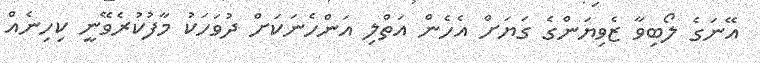
އޭނަގެ ލޯބިވާ ޒެވިޔަންގެ ގަޔަށް އެހެން އަތްލި އަންހެނަކަށް ދުވަހަކު މާފުކުރެވޭނީ ކިހިނެއް